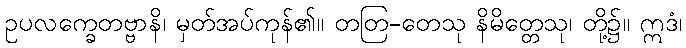
ဥပလက္ခေတဗ္ဗာနိ၊ မှတ်အပ်ကုန်၏။ တတြ-တေသု နိမိတ္တေသု၊ တို့၌။ ဣဒံ၊